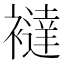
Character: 𧞅